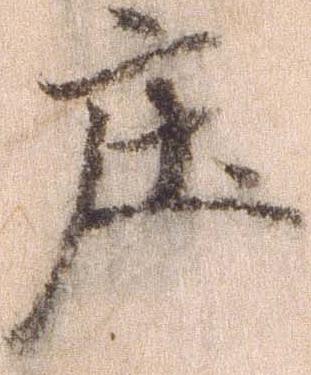
庄